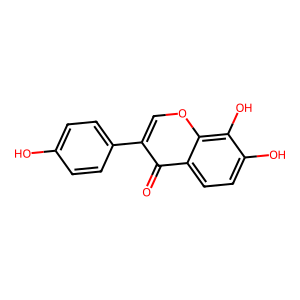
SMILES: O=c1c(-c2ccc(O)cc2)coc2c(O)c(O)ccc12
Inhibits HIV replication: No